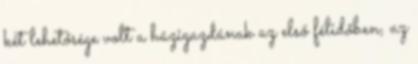
két lehetősége volt a házigazdának az első félidőben, az